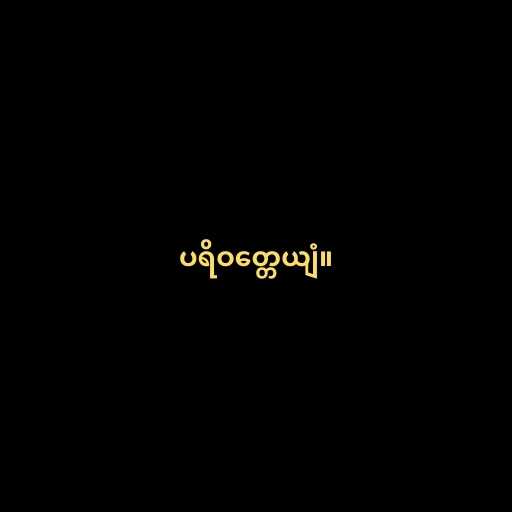
ပရိဝတ္တေယျံ။